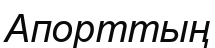
Апорттың